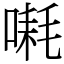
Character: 𪡱